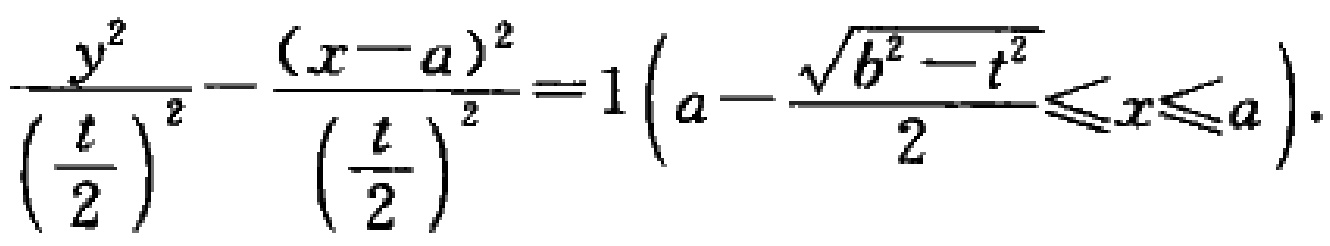
\(\frac{y^{2}}{\left(\frac{t}{2}\right)^{2}}-\frac{(x - a)^{2}}{\left(\frac{t}{2}\right)^{2}} = 1\left(a-\frac{\sqrt{b^{2}-t^{2}}}{2}\leqslant x\leqslant a\right)\)